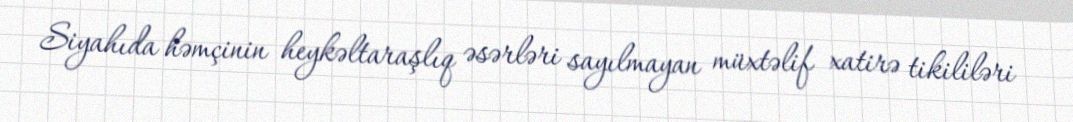
Siyahıda həmçinin heykəltaraşlıq əsərləri sayılmayan müxtəlif xatirə tikililəri